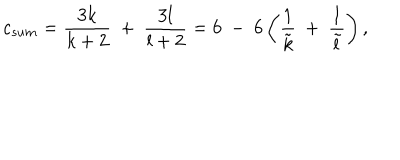
LaTeX: c _ { s u m } = { \frac { 3 k } { k + 2 } } ~ + ~ { \frac { 3 l } { l + 2 } } = 6 ~ - ~ 6 \left( { \frac { 1 } { \tilde { k } } } ~ + ~ { \frac { 1 } { \tilde { l } } } \right) ,